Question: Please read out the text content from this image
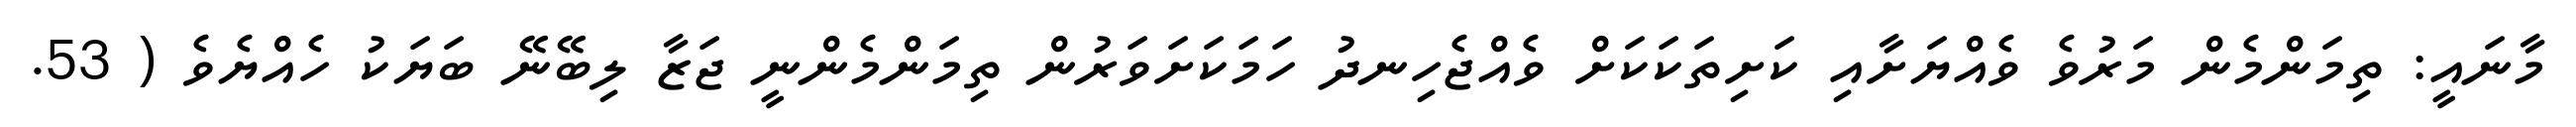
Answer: މާނައީ: ތިމަންމެން މަރުވެ ވެއްޔަށާއި ކަށިތަކަކަށް ވެއްޖެހިނދު ހަމަކަށަވަރުން ތިމަންމެންނީ ޖަޒާ ލިބޭނޭ ބަޔަކު ހެއްޔެވެ ( 53.